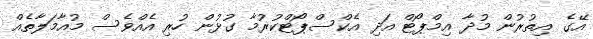
އޭގެ އިތުރުން މުދާ އިމްޕޯޓް އަދި އެކްސްޕޯޓްކުރުމާ ގުޅުން ހުރި އެއްވެސް މުއާމަލާތެއް